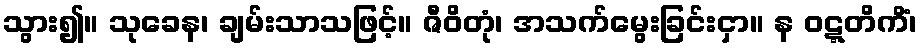
သွား၍။ သုခေန၊ ချမ်းသာသဖြင့်။ ဇီဝိတုံ၊ အသက်မွေးခြင်းငှာ။ န ဝဋ္ဋတိကိံ၊